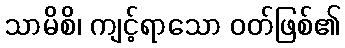
သာမိစိ၊ ကျင့်ရာသော ဝတ်ဖြစ်၏